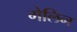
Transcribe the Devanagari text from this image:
गेलिन